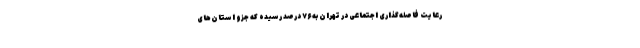
رعایت فاصله‌گذاری اجتماعی در تهران به ۷۶ درصد رسیده که جزو استان‌های